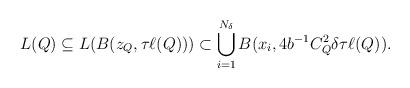
LaTeX: \begin{align*} L(Q) \subseteq L(B(z_Q, \tau\ell(Q))) \subset \bigcup_{i=1}^{N_\delta} B(x_i, 4b^{-1} C_Q^2 \delta \tau \ell(Q)). \end{align*}